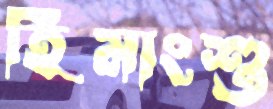
হিমাংশু